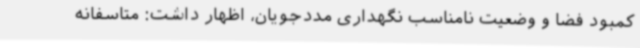
کمبود فضا و وضعیت نامناسب نگهداری مددجویان، اظهار داشت: متاسفانه